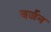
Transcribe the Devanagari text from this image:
बर्जन